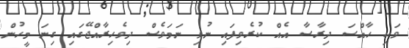
ވަކި ހާއްސަ ދިރާސާ އެއް ކުރެވިފައި ނުވި ނަމަވެސް ދިވެހިރާއްޖޭގައި ގިނަ މީހުން